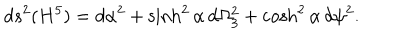
d s ^ { 2 } ( H ^ { 5 } ) = d \alpha ^ { 2 } + \sinh ^ { 2 } \alpha \, d \Omega _ { 3 } ^ { 2 } + \cosh ^ { 2 } \alpha \, d \psi ^ { 2 } .